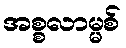
အစ္စလာမ္မစ်